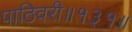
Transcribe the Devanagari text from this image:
पाठिवरी॥१३१॥